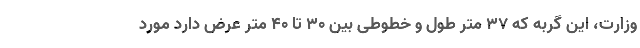
وزارت، این گربه که ۳۷ متر طول و خطوطی بین ۳۰ تا ۴۰ متر عرض دارد مورد